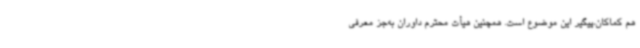
هم کماکان،پیگیر این موضوع است. همچنین هیأت محترم داوران به‌جز معرفی